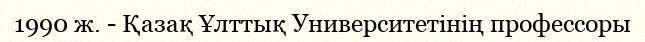
1990 ж. - Қазақ Ұлттық Университетінің профессоры